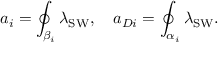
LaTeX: a _ { i } = \oint _ { \beta _ { i } } \lambda _ { \mathrm { S W } } , \quad a _ { D i } = \oint _ { \alpha _ { i } } \lambda _ { \mathrm { S W } } .